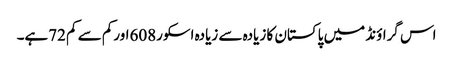
اس گراؤنڈ میں پاکستان کا زیادہ سے زیادہ اسکور608اورکم سے کم 72ہے۔